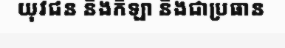
យុវជន និងកីឡា និងជាប្រធាន